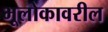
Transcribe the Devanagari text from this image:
भूलोकावरील